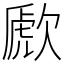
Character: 歋